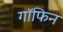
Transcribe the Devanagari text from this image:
गॉफिन